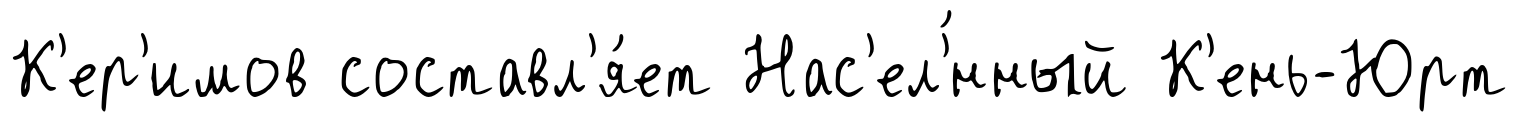
К'ер'имов составл'я́ет Нас'ел'́нный К'ень-Юрт